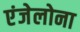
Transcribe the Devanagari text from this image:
एंजेलोना